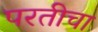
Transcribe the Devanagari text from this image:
परतीचा